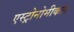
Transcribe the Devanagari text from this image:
एस्ट्रोनोमीकल